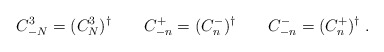
\begin{align*}C^3_{-N} = (C^3_N)^\dagger \qquad C^+_{-n} = (C^-_n)^\dagger\qquad C^-_{-n} = (C^+_n)^\dagger\; .\end{align*}